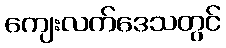
ကျေးလက်ဒေသတွင်